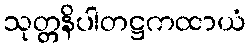
သုတ္တနိပါတဋ္ဌကထာယံ